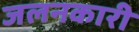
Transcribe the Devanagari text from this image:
जलनकारी